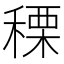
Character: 𥠲